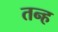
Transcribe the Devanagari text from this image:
तन्ह